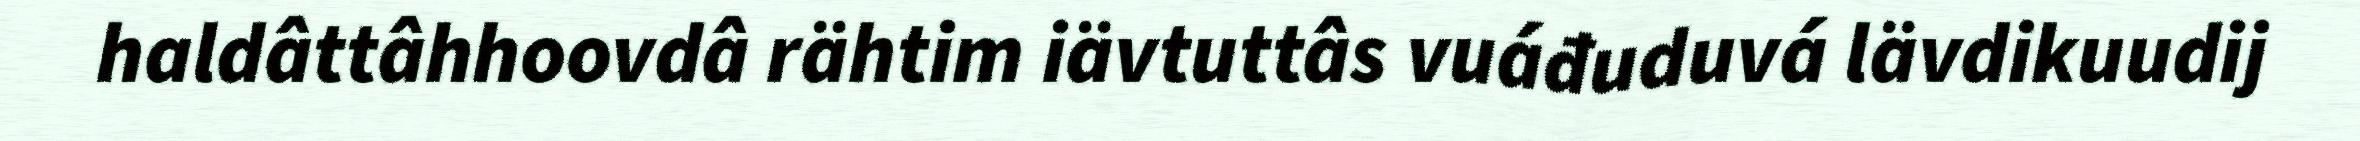
haldâttâhhoovdâ rähtim iävtuttâs vuáđuduvá lävdikuudij